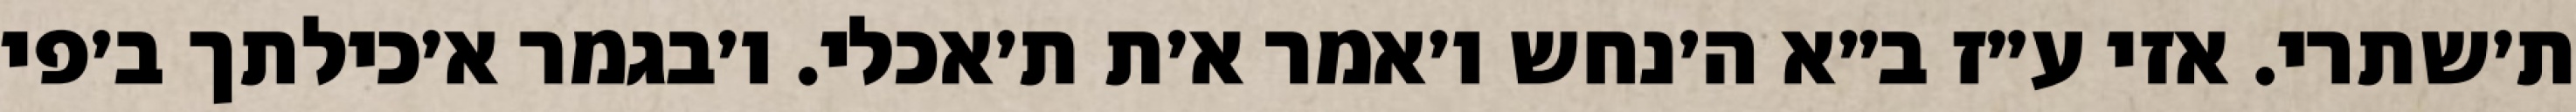
ת׳שתרי. אזי ע״ז ב״א ה׳נחש ו׳אמר א׳ת ת׳אכלי. ו׳בגמר א׳כילתך ב׳פי